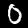
Label: 0